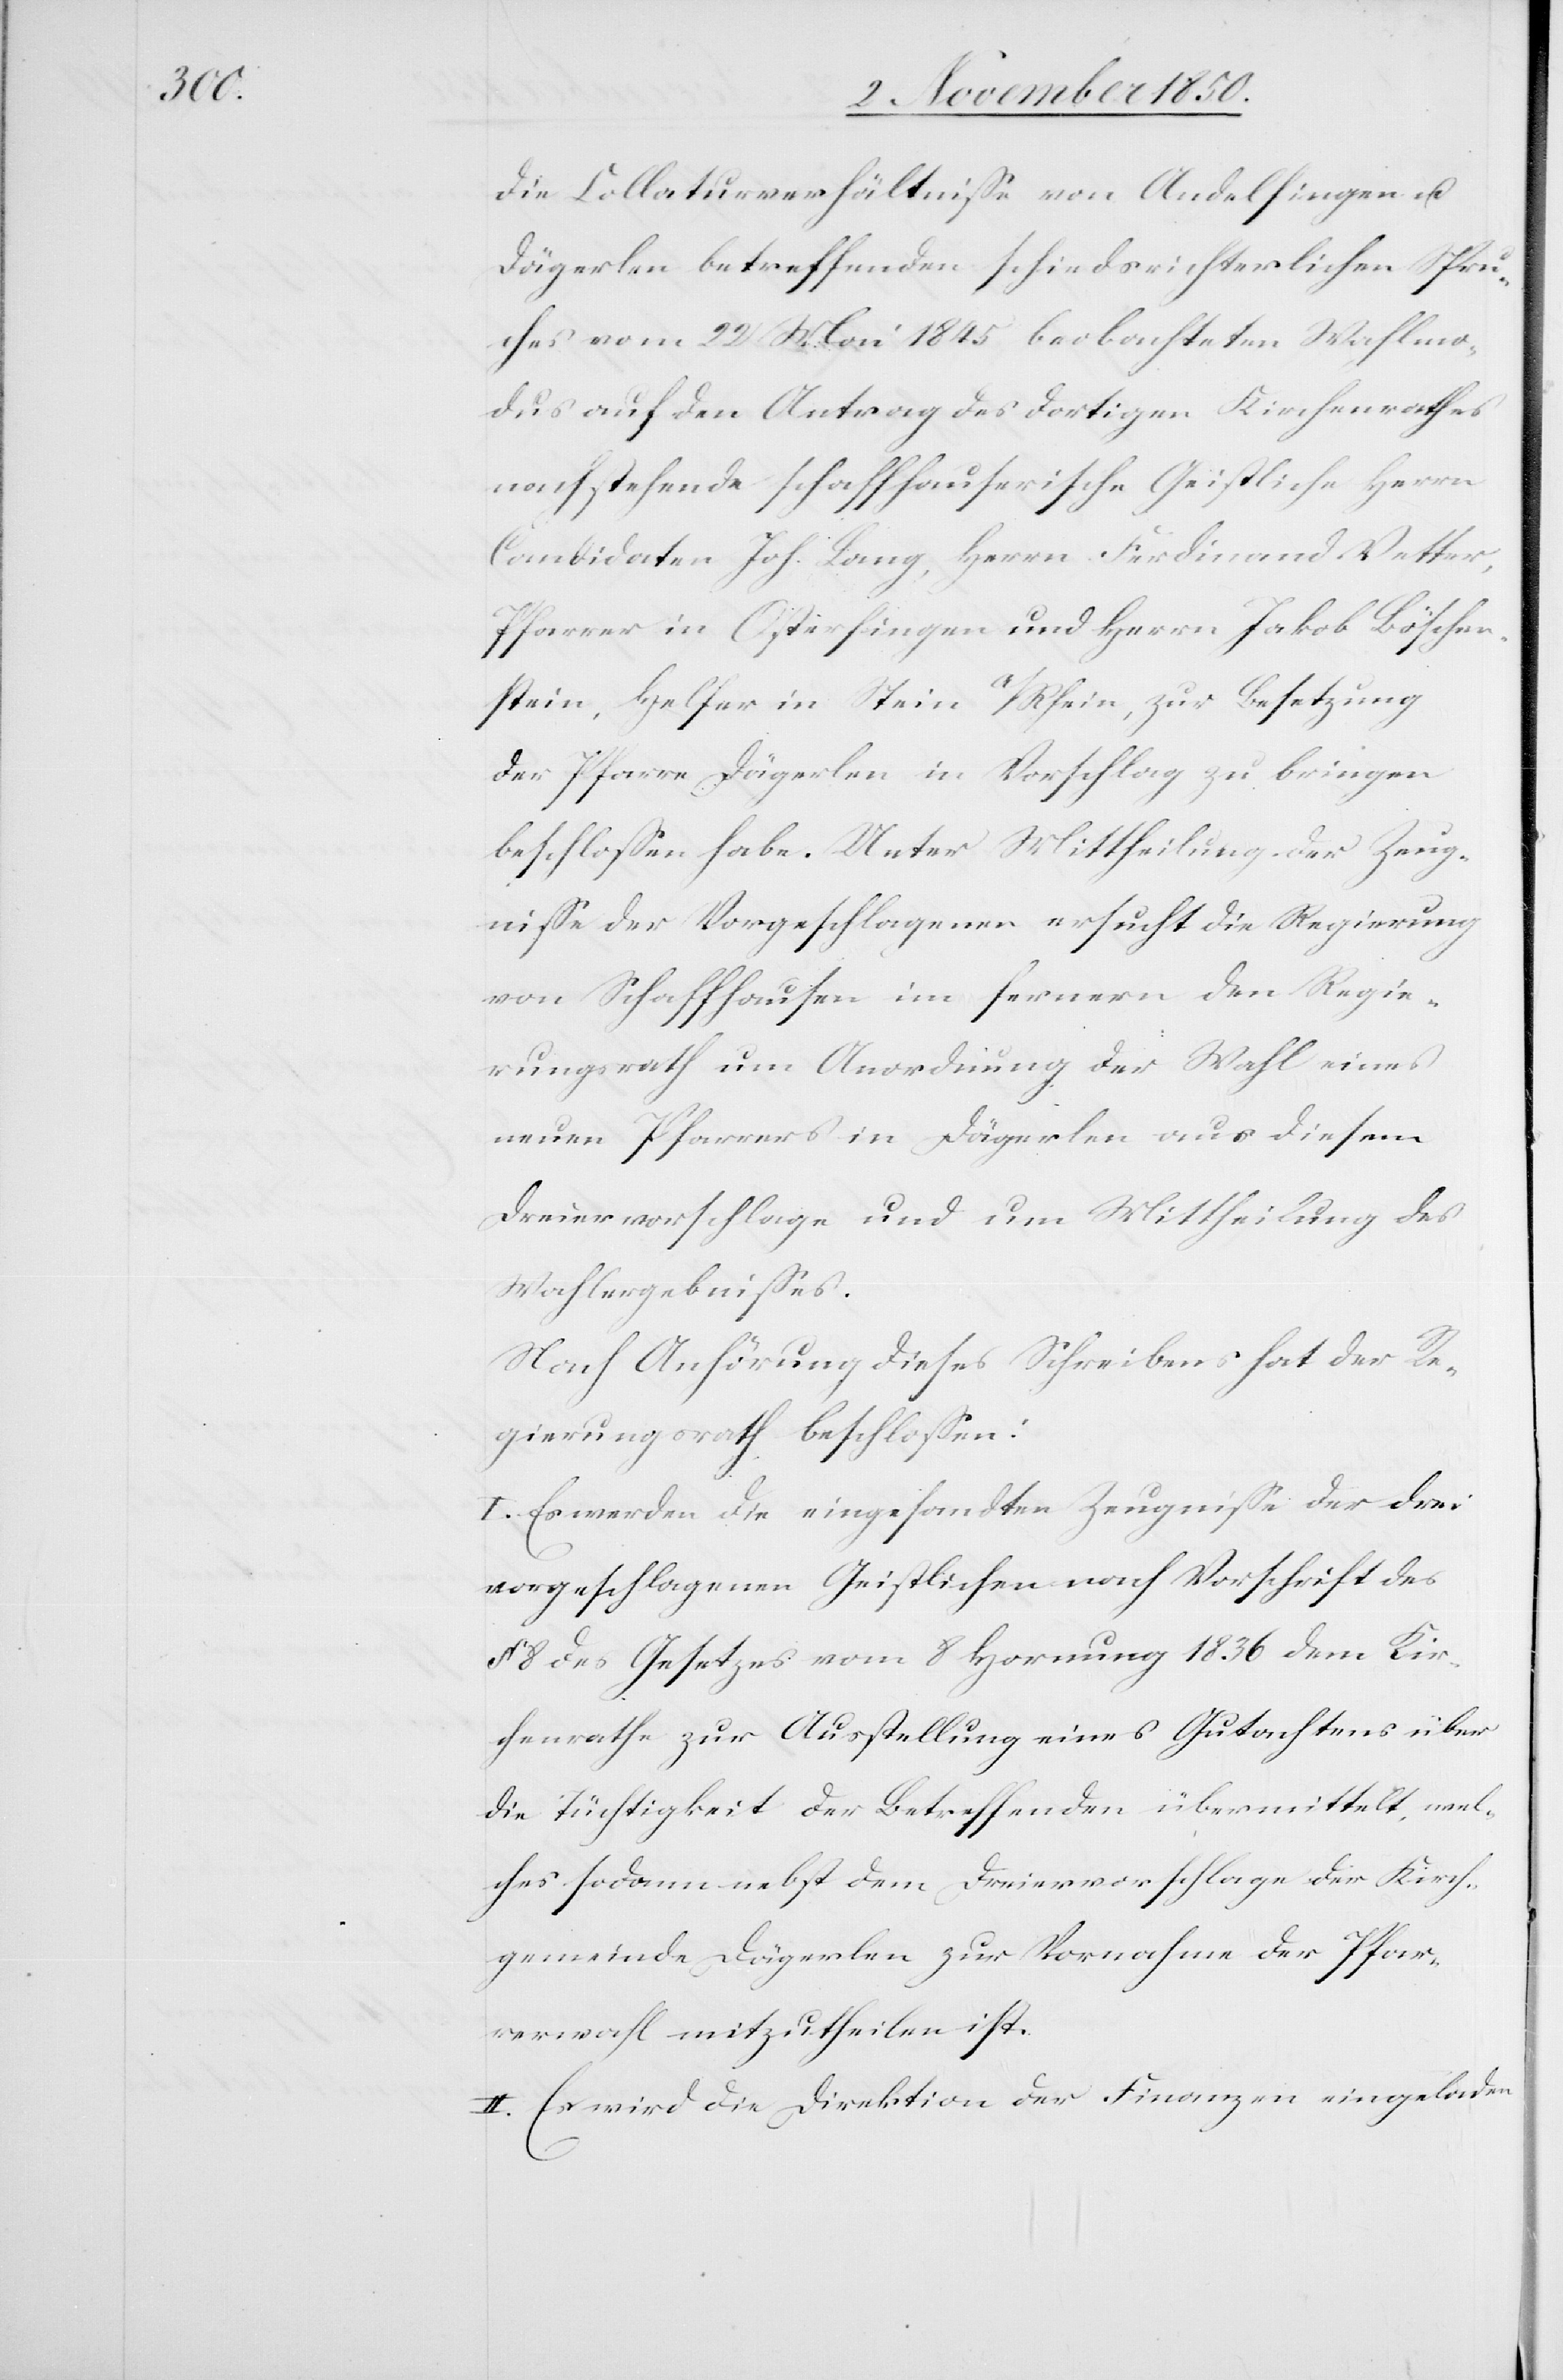
die Collaturverhältnisse von Andelfingen u.
Dägerlen betreffenden schiedsrichterlichen Spru¬
ches vom 22 Mai 1845 beobachteten Wahlmo¬
dus auf den Antrag des dortigen Kirchenrathes
nachstehende schaffhauserische Geistliche Herrn
Candidaten Joh. Lang, Herrn Ferdinand Vetter,
Pfarrer in Osterfingen und Herrn Jakob Böscher¬
stein, Helfer in Stein A/Rhein, zur Besetzung
der Pfarre Dägerlen in Vorschlag zu bringen
beschlossen habe. Unter Mittheilung der Zeug¬
nisse der Vorgeschlagenen ersucht die Regierung
von Schaffhausen im fernern den Regie¬
rungsrath um Anordnung der Wahl eines
neuen Pfarrers in Dägerlen aus diesem
Dreiervorschlage und um Mittheilung des
Wahlergebnisses.
Nach Anhörung dieses Schreibens hat der Re¬
gierungsrath beschlossen:
I. Es werden die eingesandten Zeugnisse der drei
vorgeschlagenen Geistlichen nach Vorschrift des
§ 8 des Gesetzes vom 8 Hornung 1836 dem Kir¬
chenrathe zur Ausstellung eines Gutachtens über
die Tüchtigkeit der Betreffenden übermittelt, wel¬
ches sodann nebst dem Dreiervorschlage der Kirch¬
gemeinde Dägerlen zur Vornahme der Pfar¬
rerwahl mitzutheilen ist.
II. Es wird die Direktion der Finanzen eingeladen